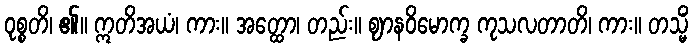
ဝုစ္စတိ၊ ၏။ ဣတိအယံ၊ ကား။ အတ္ထော၊ တည်း။ ဈာနဝိမောက္ခ ကုသလတာတိ၊ ကား။ တသ္မိံ